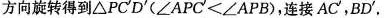
方向旋转得到△PC'D'($$∠ A P C ' < ∠ A P B$$)，连接AC’，BD'.